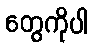
တွေကိုပါ